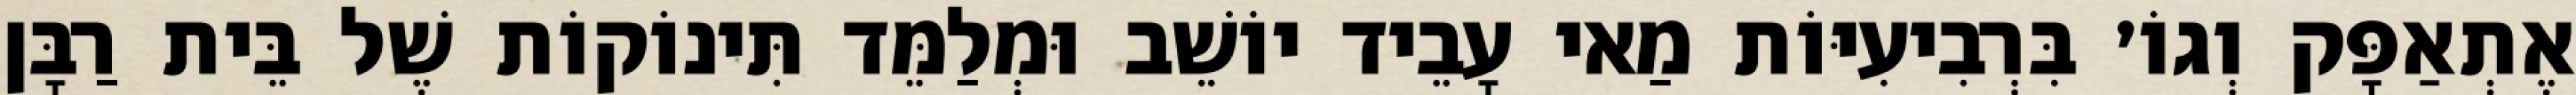
אֶתְאַפָּק וְגוֹ׳ בִּרְבִיעִיּוֹת מַאי עָבֵיד יוֹשֵׁב וּמְלַמֵּד תִּינוֹקוֹת שֶׁל בֵּית רַבָּן